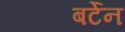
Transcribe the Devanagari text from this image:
बर्टेन